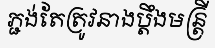
ភ្ជង់តែត្រូវនាងប្តឹងមន្ត្រី